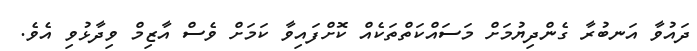
ދައުވާ އަނބުރާ ގެންދިޔުމަށް މަސައްކަތްތަކެއް ކޮށްފައިވާ ކަމަށް ވެސް އާޒިމް ވިދާޅުވި އެވެ.